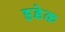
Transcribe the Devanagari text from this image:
ह्रडेक